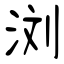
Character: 浏